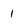
Character: 1